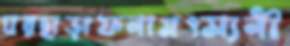
ঘরছাড়াফনামৎস্যনী